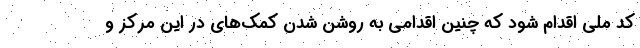
کد ملی اقدام شود که چنین اقدامی به روشن شدن کمک‌های در این مرکز و